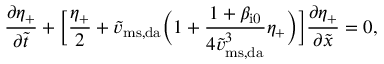
\frac { \partial \eta _ { + } } { \partial \widetilde { t } } + \biggl [ \frac { \eta _ { + } } { 2 } + \widetilde { v } _ { \mathrm { m s , d a } } \biggl ( 1 + \frac { 1 + \beta _ { \mathrm { i 0 } } } { 4 \widetilde { v } _ { \mathrm { m s , d a } } ^ { 3 } } \eta _ { + } \biggr ) \biggr ] \frac { \partial \eta _ { + } } { \partial \widetilde { x } } = 0 ,